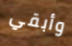
وأبقي